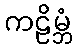
ကဠိမ္ဘံ